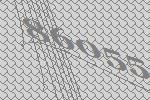
86055